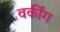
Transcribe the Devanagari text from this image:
वर्कींग